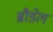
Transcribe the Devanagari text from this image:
ब्रौडेल